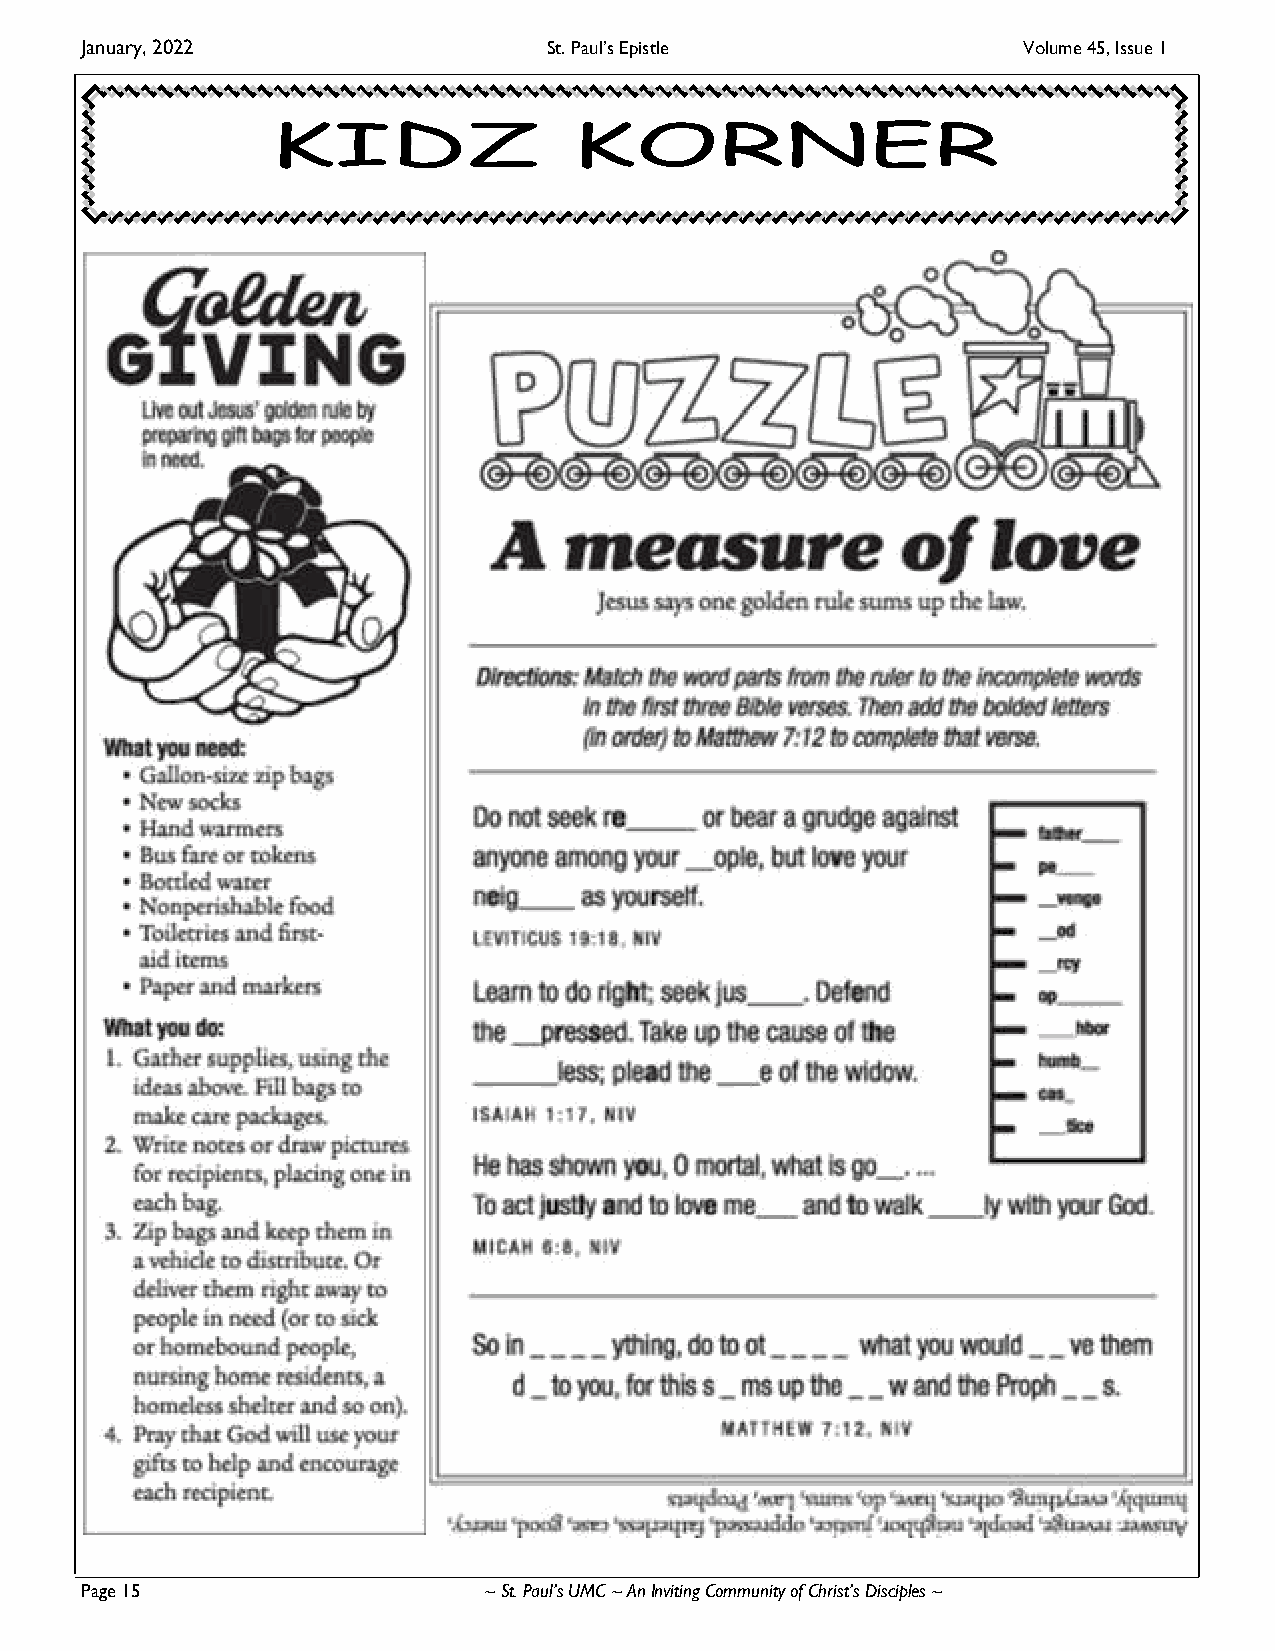
January, 2022                  St. Paul’s Epistle              Volume 45, Issue 1
 Page 15                    ~ St. Paul’s UMC ~ An Inviting Community of Christ’s Disciples ~